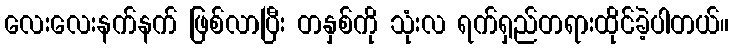
လေးလေးနက်နက် ဖြစ်လာပြီး တနှစ်ကို သုံးလ ရက်ရှည်တရားထိုင်ခဲ့ပါတယ်။